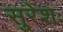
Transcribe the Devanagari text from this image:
सुरेशः